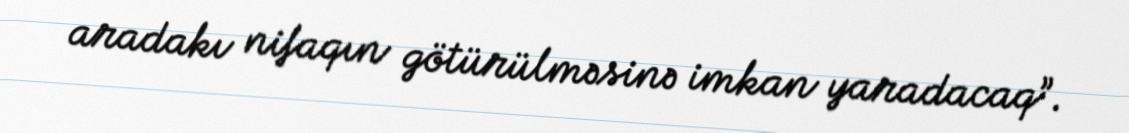
aradakı nifaqın götürülməsinə imkan yaradacaq”.